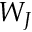
W _ { J }